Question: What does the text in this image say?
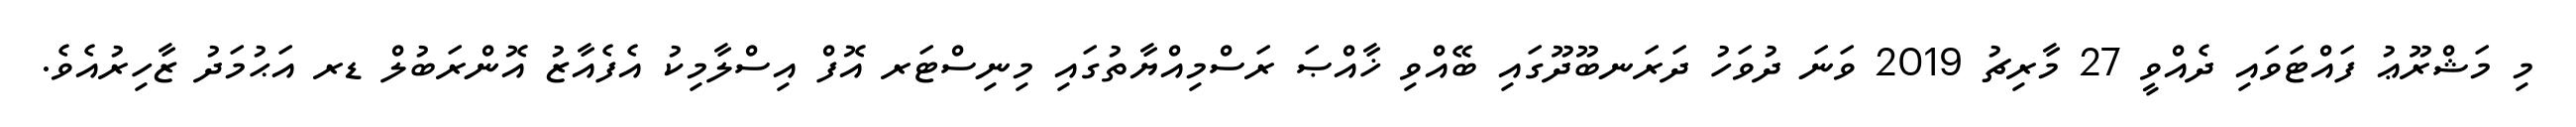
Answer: މި މަޝްރޫޢު ފައްޓަވައި ދެއްވީ 27 މާރިޗު 2019 ވަނަ ދުވަހު ދަރަނބޫދޫގައި ބޭއްވި ޚާއްޞަ ރަސްމިއްޔާތުގައި މިނިސްޓަރ އޮފް އިސްލާމިކު އެފެއާޒު އޮންރަބުލް ޑރ އަޙުމަދު ޒާހިރުއެވެ.